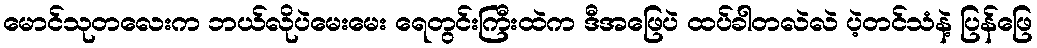
မောင်သုတလေးက ဘယ်လိုပဲမေးမေး ရေတွင်းကြီးထဲက ဒီအဖြေပဲ ထပ်ခါတလဲလဲ ပဲ့တင်သံနဲ့ ပြန်ဖြေ